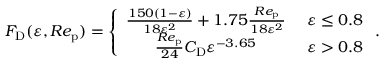
{ F _ { \mathrm { D } } } ( \varepsilon , R e _ { \mathrm { p } } ) = \left\{ \begin{array} { c l } { \frac { 1 5 0 ( 1 - \varepsilon ) } { 1 8 \varepsilon ^ { 2 } } + 1 . 7 5 \frac { R e _ { \mathrm { p } } } { 1 8 \varepsilon ^ { 2 } } } & { \ \varepsilon \leq 0 . 8 } \\ { \frac { R e _ { \mathrm { p } } } { 2 4 } { C _ { \mathrm { D } } } \varepsilon ^ { - 3 . 6 5 } } & { \ \varepsilon > 0 . 8 } \end{array} \right. .